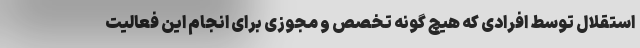
استقلال توسط افرادی که هیچ گونه تخصص و مجوزی برای انجام این فعالیت